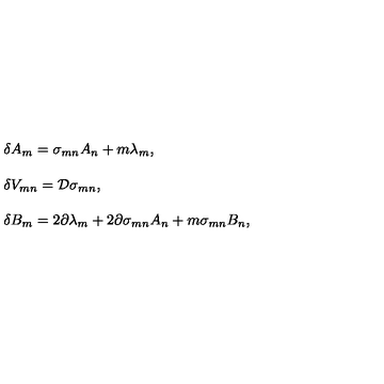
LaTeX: \begin{array} { r c l } { } & { } & { \delta A _ { m } = \sigma _ { m n } A _ { n } + m \lambda _ { m } , } \\ { } & { } & { } \\ { } & { } & { \delta V _ { m n } = { \cal D } \sigma _ { m n } , } \\ { } & { } & { } \\ { } & { } & { \delta B _ { m } = 2 \partial \lambda _ { m } + 2 \partial \sigma _ { m n } A _ { n } + m \sigma _ { m n } B _ { n } , } \\ \end{array}